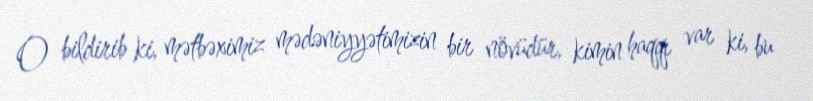
O bildirib ki, mətbəximiz mədəniyyətimizin bir növüdür, kimin haqqı var ki, bu